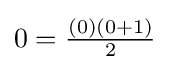
0={\tfrac {(0)(0+1)}{2}}